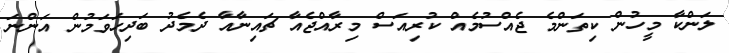
ލަންކާ މީހުން ކިތަންމެ ޖެއްސުމެއް ކުރިއަސް މިރާއްޖެއާ ޗައިނާއާ ދެމެދު ބަދިހަވަމުން އަންނަ